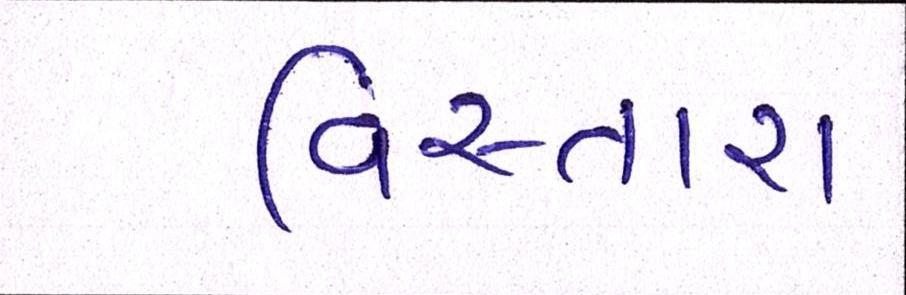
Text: વિસ્તારા